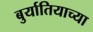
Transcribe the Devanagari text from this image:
बुर्यातियाच्या